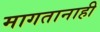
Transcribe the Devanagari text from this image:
मागतानाही